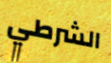
الشرطي